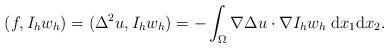
LaTeX: \begin{align*}(f,I_h w_h)=(\Delta^2 u,I_h w_h)=-\int_\Omega \nabla\Delta u\cdot\nabla I_h w_h\;\mathrm{d}x_1\mathrm{d}x_2. \end{align*}